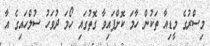
މިސްރުގެ މީޑިއާ ތަކުން ހާމަ ކޮށްފައިވާ ގޮތުގައި ހޯމަ ދުވަހު ސުލްހައިގެ އާ